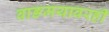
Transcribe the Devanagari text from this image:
वाङमयावरही